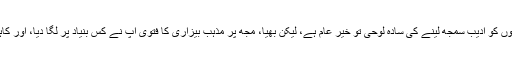
غیرادیبوں کو ادیب سمجھ لینے کی سادہ لوحی تو خیر عام ہے، لیکن بھیا، مجھ پر مذہب بیزاری کا فتویٰ آپ نے کس بنیاد پر لگا دیا، اور کاہے کو؟